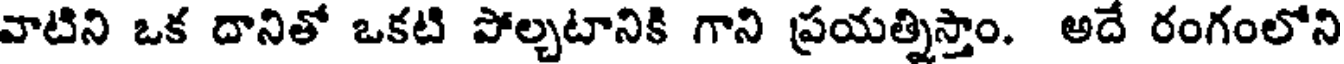
వాటిని ఒక దానితో ఒకటి పోల్చటానికి గాని ప్రయత్నిస్తాం. అదే రంగంలోని